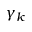
\gamma _ { k }